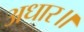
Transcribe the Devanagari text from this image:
अधार॥